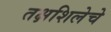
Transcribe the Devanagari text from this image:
तक्षशिलेचे